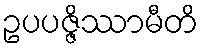
ဥပပဇ္ဇိဿာမီတိ